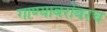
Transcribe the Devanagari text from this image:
गाण्याबरोबरच